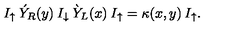
I _ { \uparrow } \: \acute { Y } _ { R } ( y ) \: I _ { \downarrow } \: \grave { Y } _ { L } ( x ) \: I _ { \uparrow } = \kappa ( x , y ) \: I _ { \uparrow } .